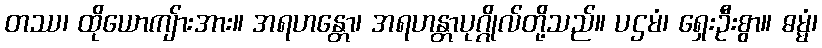
တဿ၊ ထိုယောကျ်ားအား။ အရဟန္တော၊ အရဟန္တာပုဂ္ဂိုလ်တို့သည်။ ပဌမံ၊ ရှေးဦးစွာ။ ဓမ္မံ၊